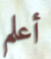
أعلم